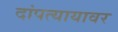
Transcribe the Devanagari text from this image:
दांपत्यायावर